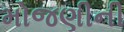
મોજણીની